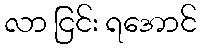
လာ ငြင်း ရအောင်